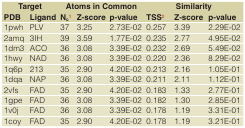
<table><thead><tr><td colspan="2"><b>Target</b></td><td colspan="3"><b>Atoms in Common</b></td><td colspan="3"><b>Similarity</b></td></tr><tr><td><b>PDB</b></td><td><b>Ligand</b></td><td><b>N<sub>c</sub><sup>1</sup></b></td><td><b>Z-score</b></td><td><b>p-value</b></td><td><b>TSS<sup>2</sup></b></td><td><b>Z-score</b></td><td><b>p-value</b></td></tr></thead><tbody><tr><td>1pwh</td><td>PLV</td><td>37</td><td>3.25</td><td>2.73E-02</td><td>0.257</td><td>3.39</td><td>2.29E-02</td></tr><tr><td>2amq</td><td>3IH</td><td>39</td><td>3.59</td><td>1.77E-02</td><td>0.235</td><td>2.77</td><td>4.95E-02</td></tr><tr><td>1dm3</td><td>ACO</td><td>36</td><td>3.08</td><td>3.39E-02</td><td>0.232</td><td>2.69</td><td>5.49E-02</td></tr><tr><td>1hwy</td><td>NAD</td><td>36</td><td>3.08</td><td>3.39E-02</td><td>0.220</td><td>2.36</td><td>8.29E-02</td></tr><tr><td>1q6p</td><td>213</td><td>35</td><td>2.90</td><td>4.20E-02</td><td>0.213</td><td>2.16</td><td>1.05E-01</td></tr><tr><td>1dqa</td><td>NAP</td><td>36</td><td>3.08</td><td>3.39E-02</td><td>0.211</td><td>2.11</td><td>1.12E-01</td></tr><tr><td>2vfs</td><td>FAD</td><td>35</td><td>2.90</td><td>4.20E-02</td><td>0.183</td><td>1.33</td><td>2.77E-01</td></tr><tr><td>1gpe</td><td>FAD</td><td>36</td><td>3.08</td><td>3.39E-02</td><td>0.182</td><td>1.30</td><td>2.85E-01</td></tr><tr><td>1v0j</td><td>FAD</td><td>36</td><td>3.08</td><td>3.39E-02</td><td>0.178</td><td>1.19</td><td>3.31E-01</td></tr><tr><td>1coy</td><td>FAD</td><td>35</td><td>2.90</td><td>4.20E-02</td><td>0.178</td><td>1.19</td><td>3.21E-01</td></tr></tbody></table>